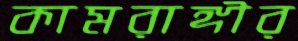
কামরাঙ্গীর